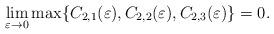
LaTeX: \begin{align*}\lim_{\varepsilon \to 0} \max\{C_{2,1}(\varepsilon), C_{2,2}(\varepsilon),C_{2,3}(\varepsilon)\} = 0.\end{align*}